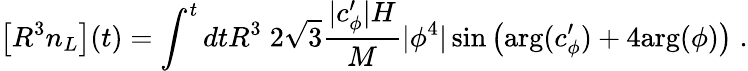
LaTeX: \left[R^{3}n_{L}\right](t)=\int^{t}dtR^{3}\; 2\sqrt{3}\frac{|c_{\phi}^{\prime}|H}{M}|\phi^{4}|\sin\left(\mathrm{{arg}}(c_{\phi}^{\prime})+4{\mathrm{arg}}(\phi)\right)\; .